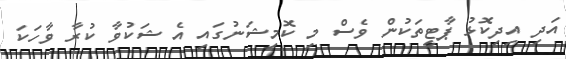
އަދި އިދިކޮޅު ޕާޓީތަކުން ވެސް މި ކޮމިޝަނުގައި އެ ޝަކުވާ ކުރާ ވާހަކަ